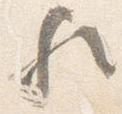
歟